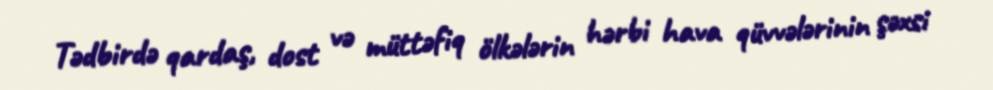
Tədbirdə qardaş, dost və müttəfiq ölkələrin hərbi hava qüvvələrinin şəxsi